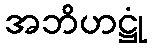
အဘိဟဋ္ဌုံ